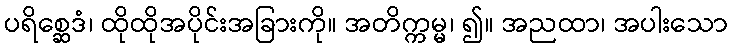
ပရိစ္ဆေဒံ၊ ထိုထိုအပိုင်းအခြားကို။ အတိက္ကမ္မ၊ ၍။ အညထာ၊ အပါးသော